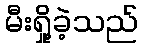
မီးရှို့ခဲ့သည်